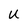
Character: u